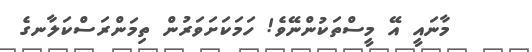
މާނައީ އޭ މީސްތަކުންނޭވެ! ހަމަކަށަވަރުން ތިމަންރަސްކަލާނގެ